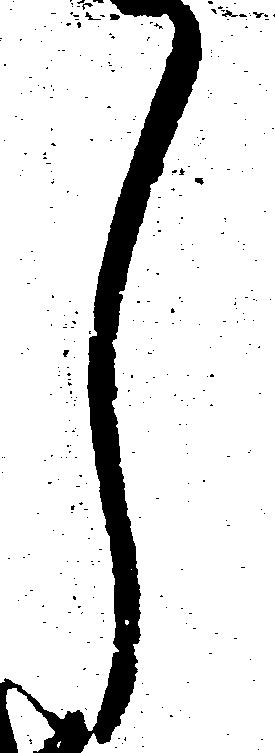
し